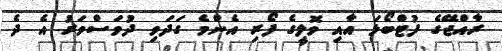
ރާއްޖޭގެ ފުޓްބޯޅަ އާއި ވޮލީގެ ފޯރި އެންމެ ގަދަވި ދުވަސްވަރު އެ ދެ